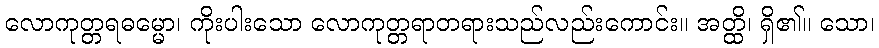
လောကုတ္တရဓမ္မော၊ ကိုးပါးသော လောကုတ္တရာတရားသည်လည်းကောင်း။ အတ္ထိ၊ ရှိ၏။ သော၊